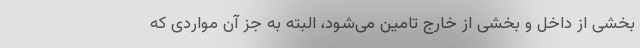
بخشی از داخل و بخشی از خارج تامین می‌شود، البته به جز آن مواردی که